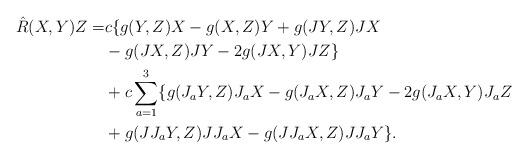
LaTeX: \begin{align*}\hat R(X,Y)Z=&c\{g( Y,Z) X-g( X,Z) Y+g( JY,Z) JX\\&-g( JX,Z) JY-2g( JX,Y) JZ\}\\&+c\sum_{a=1}^3\{g( J_aY,Z) J_aX-g( J_aX,Z) J_aY-2g( J_aX,Y) J_aZ\\&+g( JJ_aY,Z) JJ_aX-g( JJ_aX,Z) JJ_aY\}.\end{align*}